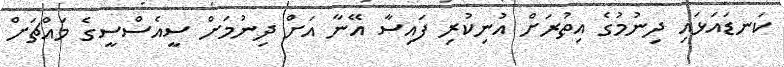
ކަނޑައަޅައި ދިނުމުގެ އިތުރަށް އުނިކުރި ފައިސާ އޭނާ އަށް ދިނުމަށް ސީއެސްސީގެ މައްޗަށް